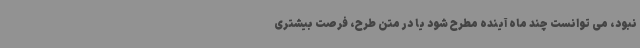
نبود، می توانست چند ماه آینده مطرح شود یا در متن طرح، فرصت بیشتری